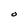
Character: O